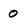
Character: 0